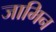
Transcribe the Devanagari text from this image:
जामिन